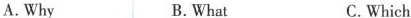
A. Why B. What C. Which